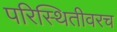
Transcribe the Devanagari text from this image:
परिस्थितीवरच